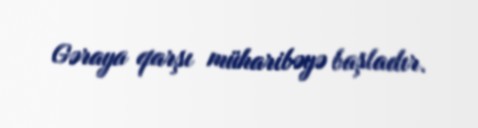
Gəraya qarşı müharibəyə başladır.